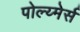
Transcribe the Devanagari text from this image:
पोल्य्मेर्स